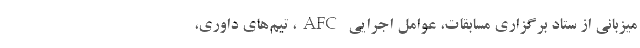
میزبانى از ستاد برگزارى مسابقات، عوامل اجرایى AFC، تیم‌هاى داورى،